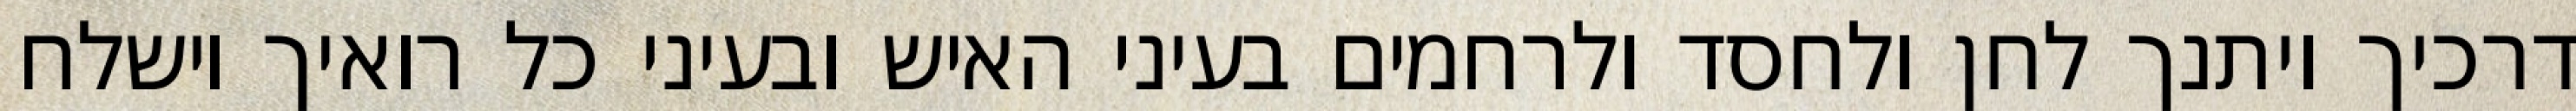
דרכיך ויתנך לחן ולחסד ולרחמים בעיני האיש ובעיני כל רואיך וישלח